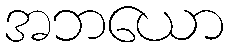
အဘယော